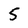
Character: 5